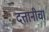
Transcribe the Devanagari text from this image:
दत्तानीचा